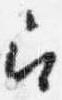
召